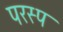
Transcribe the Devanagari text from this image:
परस्प